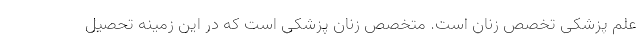
علم پزشکی تخصص زنان است. متخصص زنان پزشکی است که در این زمینه تحصیل